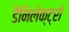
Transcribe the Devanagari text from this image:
डैनिलेक्ट्रो